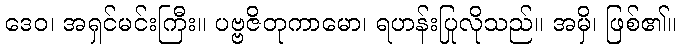
ဒေဝ၊ အရှင်မင်းကြီး။ ပဗ္ဗဇိတုကာမော၊ ရဟန်းပြုလိုသည်။ အမှိ၊ ဖြစ်၏။